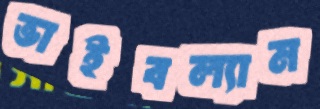
ভাইবল্যাম